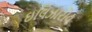
ઇલિઝારોવ